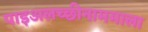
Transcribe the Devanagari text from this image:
पाइअलच्छीनाममाला